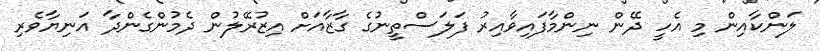
ލަންކާއިން މި އެހީ ދޭން ނިންމާފައިވާއިރު ފަލަސްތީނުގެ ގާޒާއަށް އިޒުރޭލުން ދެމުންގެންދާ އަނިޔާވެރި